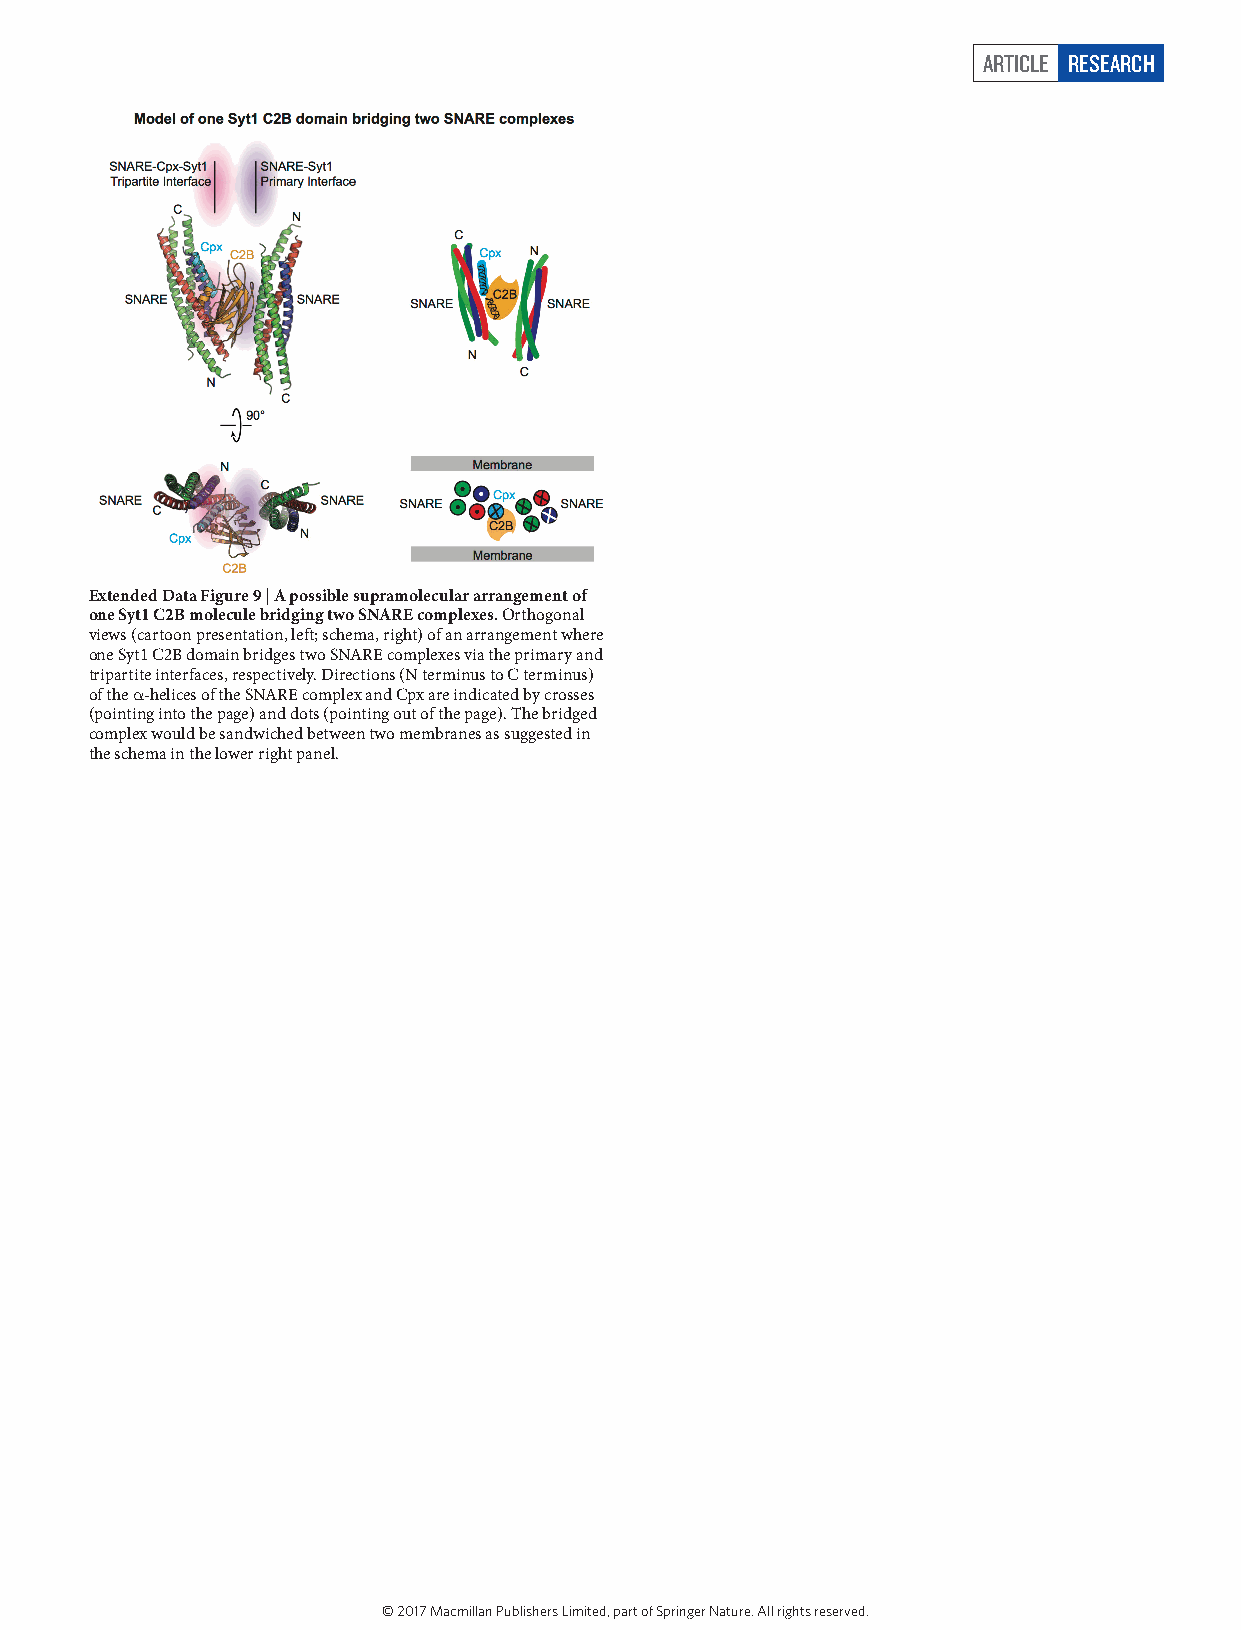
ARTICLE RESEARCH
 Extended Data Figure 9 | A possible supramolecular arrangement of
 one Syt1 C2B molecule bridging two SNARE complexes. Orthogonal
 views (cartoon presentation, left; schema, right) of an arrangement where
 one Syt1 C2B domain bridges two SNARE complexes via the primary and
 tripartite interfaces, respectively. Directions (N terminus to C terminus)
 of the α -helices of the SNARE complex and Cpx are indicated by crosses
 (pointing into the page) and dots (pointing out of the page). The bridged
 complex would be sandwiched between two membranes as suggested in
 the schema in the lower right panel.
 © 2017 Macmillan Publishers Limited, part of Springer Nature. All rights reserved.